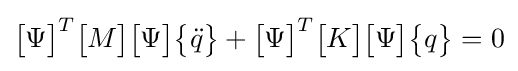
{\begin{bmatrix}\Psi \end{bmatrix}}^{T}{\begin{bmatrix}M\end{bmatrix}}{\begin{bmatrix}\Psi \end{bmatrix}}{\begin{Bmatrix}{\ddot {q}}\end{Bmatrix}}+{\begin{bmatrix}\Psi \end{bmatrix}}^{T}{\begin{bmatrix}K\end{bmatrix}}{\begin{bmatrix}\Psi \end{bmatrix}}{\begin{Bmatrix}q\end{Bmatrix}}=0